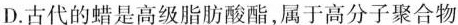
D.古代的蜡是高级脂肪酸酯，属于高分子聚合物